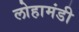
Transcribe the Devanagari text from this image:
लोहामंडी